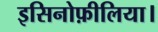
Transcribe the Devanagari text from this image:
इसिनोफ़ीलिया।